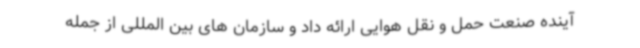
آینده صنعت حمل و نقل هوایی ارائه داد و سازمان های بین المللی از جمله